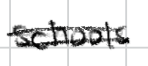
Text: schools
Cross-out: double-line
Writing tool: digital_black